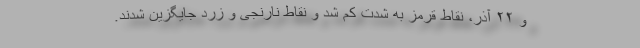
و ۲۲ آذر، نقاط قرمز به شدت کم شد و نقاط نارنجی و زرد جایگزین شدند.